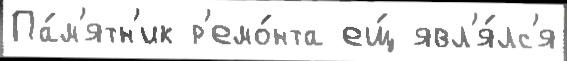
Па́м'ятн'ик р'емо́нта ещ́ явл'я́лс'я